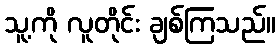
သူ့ကို လူတိုင်း ချစ်ကြသည်။